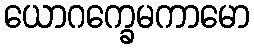
ယောဂက္ခေမကာမော